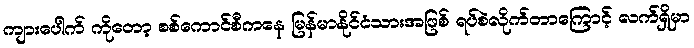
ကျားပေါက် ကိုတော့ စစ်ကောင်စီကနေ မြန်မာနိုင်ငံသားအဖြစ် ရပ်စဲလိုက်တာကြောင့် လက်ရှိမှာ